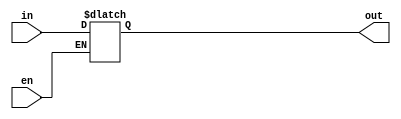
module AdrReg(input en, input [14:0] in, output reg [14:0] out);
	initial out = 0;
	always @(*) begin
		if(en) out = in;
	end
endmodule